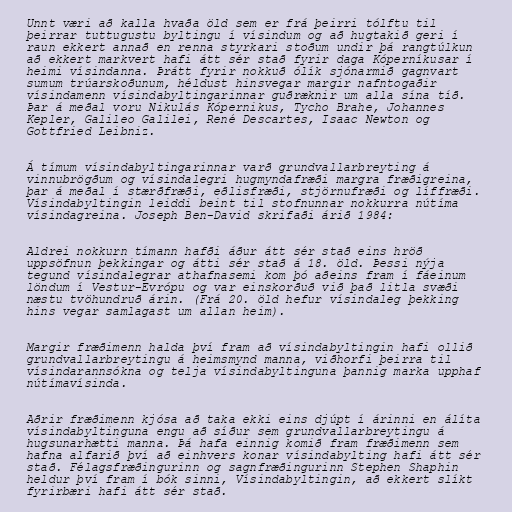
Unnt væri að kalla hvaða öld sem er frá þeirri tólftu til
þeirrar tuttugustu byltingu í vísindum og að hugtakið geri í
raun ekkert annað en renna styrkari stoðum undir þá rangtúlkun
að ekkert markvert hafi átt sér stað fyrir daga Kóperníkusar í
heimi vísindanna. Þrátt fyrir nokkuð ólík sjónarmið gagnvart
sumum trúarskoðunum, héldust hinsvegar margir nafntogaðir
vísindamenn vísindabyltingarinnar guðræknir um alla sína tíð.
Þar á meðal voru Nikulás Kópernikus, Tycho Brahe, Johannes
Kepler, Galileo Galilei, René Descartes, Isaac Newton og
Gottfried Leibniz.

Á tímum vísindabyltingarinnar varð grundvallarbreyting á
vinnubrögðum og vísindalegri hugmyndafræði margra fræðigreina,
þar á meðal í stærðfræði, eðlisfræði, stjörnufræði og líffræði.
Vísindabyltingin leiddi beint til stofnunnar nokkurra nútíma
vísindagreina. Joseph Ben-David skrifaði árið 1984:

Aldrei nokkurn tímann hafði áður átt sér stað eins hröð
uppsöfnun þekkingar og átti sér stað á 18. öld. Þessi nýja
tegund vísindalegrar athafnasemi kom þó aðeins fram í fáeinum
löndum í Vestur-Evrópu og var einskorðuð við það litla svæði
næstu tvöhundruð árin. (Frá 20. öld hefur vísindaleg þekking
hins vegar samlagast um allan heim).

Margir fræðimenn halda því fram að vísindabyltingin hafi ollið
grundvallarbreytingu á heimsmynd manna, viðhorfi þeirra til
vísindarannsókna og telja vísindabyltinguna þannig marka upphaf
nútímavísinda.

Aðrir fræðimenn kjósa að taka ekki eins djúpt í árinni en álíta
vísindabyltinguna engu að síður sem grundvallarbreytingu á
hugsunarhætti manna. Þá hafa einnig komið fram fræðimenn sem
hafna alfarið því að einhvers konar vísindabylting hafi átt sér
stað. Félagsfræðingurinn og sagnfræðingurinn Stephen Shaphin
heldur því fram í bók sinni, Vísindabyltingin, að ekkert slíkt
fyrirbæri hafi átt sér stað.